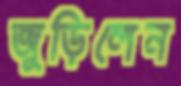
জুড়িলেন